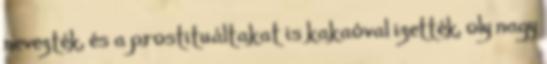
nevezték, és a prostituáltakat is kakaóval izették, oly nagy